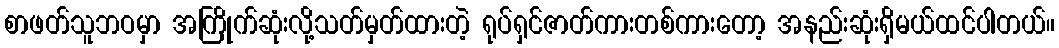
စာဖတ်သူဘဝမှာ အကြိုက်ဆုံးလို့သတ်မှတ်ထားတဲ့ ရုပ်ရှင်ဇာတ်ကားတစ်ကားတော့ အနည်းဆုံးရှိမယ်ထင်ပါတယ်။